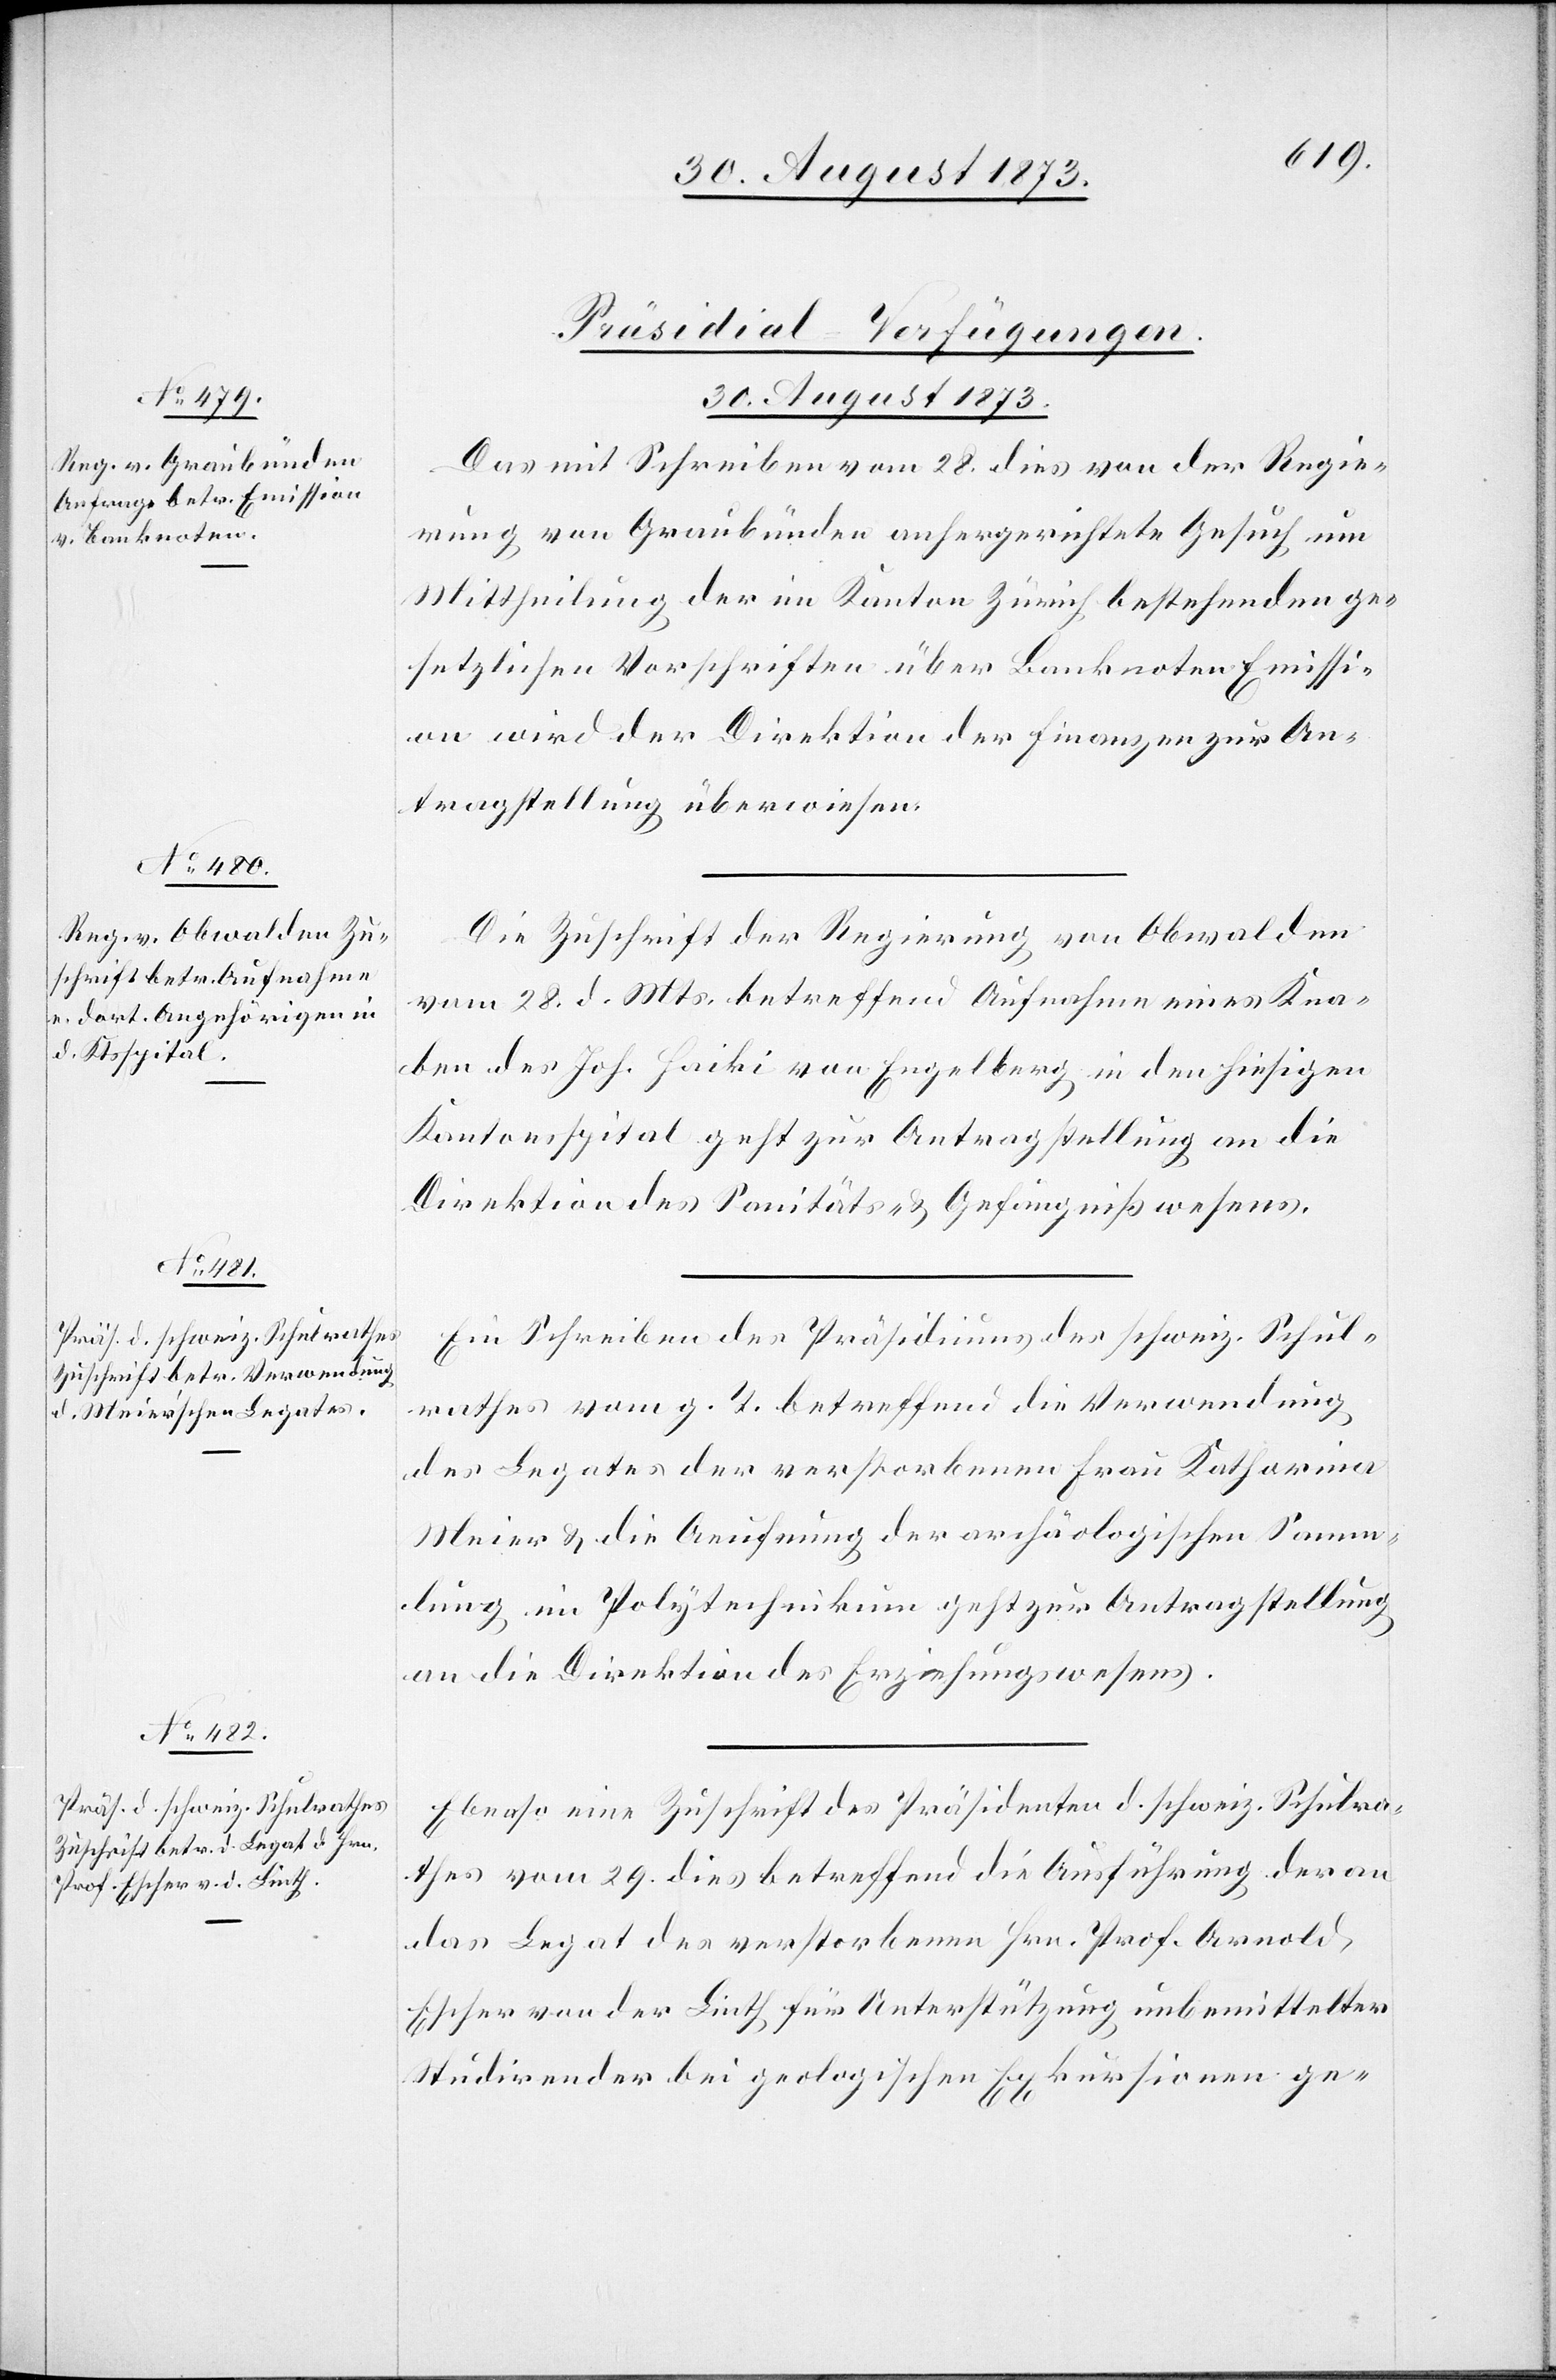
30. August 1873.]
[Präsidial-Verfügungen.
Das mit Schreiben vom 28. dies von der Regie¬
rung von Graubünden anhergerichtete Gesuch um
Mittheilung der im Kanton Zürich bestehenden ge¬
setzlichen Vorschriften über Banknoten[-]Emissi¬
on wird der Direktion der Finanzen zur An¬
tragstellung überwiesen.
Die Zuschrift der Regierung von Obwalden
vom 28. d. Mts. betreffend Aufnahme eines Kna¬
ben des Joh. Haiki von Engelberg in den hiesigen
Kantonsspital geht zur Antragstellung an die
Direktion des Sanitäts- & Gefängnißwesens.
Ein Schreiben des Präsidiums des schweiz. Schul¬
rathes vom g. T. betreffend die Verwendung
des Legates der verstorbenen Frau Katharina
Meier & die Aeufnung der archäologischen Samm¬
lung im Polytechnikum geht zur Antragstellung
an die Direktion des Erziehungswesens.
Ebenso eine Zuschrift des Präsidenten d. schweiz. Schulra¬
thes vom 29. dies betreffend die Ausführung der an
das Legat des verstorbenen Hrn. Prof. Arnold
Escher von der Linth für Unterstützung unbemittelter
Studirender bei geologischen Exkursionen ge-